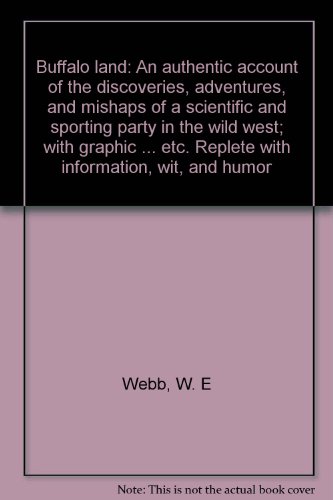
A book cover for Buffalo land: An authentic account of the discoveries, adventures, and mishaps of a scientific and sporting party in the wild west; with graphic ... etc. Replete with information, wit, and humor; W. E Webb; Travel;